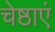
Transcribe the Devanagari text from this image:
चेष्ठाएं